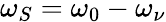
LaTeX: \omega_{S}=\omega_{0}-\omega_{\nu}